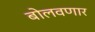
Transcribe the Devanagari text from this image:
बोलवणार